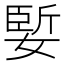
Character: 𪦑